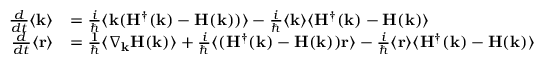
\begin{array} { r l } { \frac { d } { d t } \langle \mathbf { k } \rangle } & { = \frac { i } { \hbar } \langle \mathbf { k } ( \mathbf { H } ^ { \dagger } ( \mathbf { k } ) - \mathbf { H } ( \mathbf { k } ) ) \rangle - \frac { i } { \hbar } \langle \mathbf { k } \rangle \langle \mathbf { H } ^ { \dagger } ( \mathbf { k } ) - \mathbf { H } ( \mathbf { k } ) \rangle } \\ { \frac { d } { d t } \langle \mathbf { r } \rangle } & { = \frac { 1 } { \hbar } \langle \nabla _ { \mathbf { k } } \mathbf { H } ( \mathbf { k } ) \rangle + \frac { i } { \hbar } \langle ( \mathbf { H } ^ { \dagger } ( \mathbf { k } ) - \mathbf { H } ( \mathbf { k } ) ) \mathbf { r } \rangle - \frac { i } { \hbar } \langle \mathbf { r } \rangle \langle \mathbf { H } ^ { \dagger } ( \mathbf { k } ) - \mathbf { H } ( \mathbf { k } ) \rangle } \end{array}